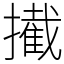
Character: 擮